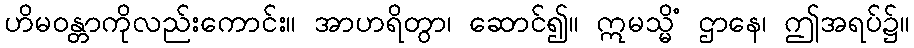
ဟိမဝန္တာကိုလည်းကောင်း။ အာဟရိတွာ၊ ဆောင်၍။ ဣမသ္မိံ ဌာနေ၊ ဤအရပ်၌။